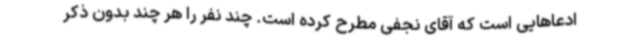
ادعاهایی است که آقای نجفی مطرح کرده است. چند نفر را هر چند بدون ذکر